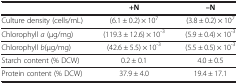
<table><thead><tr><td><b> </b></td><td><b>+N</b></td><td><b>–N</b></td></tr></thead><tbody><tr><td>Culture density (cells/mL)</td><td>(6.1 ± 0.2) × 10<sup>7</sup></td><td>(3.8 ± 0.2) × 10<sup>7</sup></td></tr><tr><td>Chlorophyll <i>a</i> (μg/mg)</td><td>(119.3 ± 12.6) × 10<sup>-3</sup></td><td>(5.9 ± 0.4) × 10<sup>-3</sup></td></tr><tr><td>Chlorophyll <i>b</i>(μg/mg)</td><td>(42.6 ± 5.5) × 10<sup>-3</sup></td><td>(5.5 ± 0.5) × 10<sup>-3</sup></td></tr><tr><td>Starch content (% DCW)</td><td>0.2 ± 0.1</td><td>4.0 ± 0.5</td></tr><tr><td>Protein content (% DCW)</td><td>37.9 ± 4.0</td><td>19.4 ± 17.1</td></tr></tbody></table>